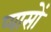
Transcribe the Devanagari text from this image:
प्यासों